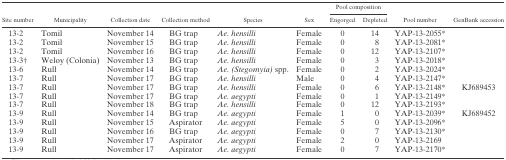
| <ROWSPAN=2> Site number | <ROWSPAN=2> Municipality | <ROWSPAN=2> Collection date | <ROWSPAN=2> Collection method | <ROWSPAN=2> Species | <ROWSPAN=2> Sex | <COLSPAN=2> Pool composition | <ROWSPAN=2> Pool number | <ROWSPAN=2> GenBank accession |
 | Engorged | Depleted |
 | --- | --- | --- | --- | --- | --- | --- | --- | --- | --- |
 | 13-2 | Tomil | November 14 | BG trap | Ae. hensilli | Female | 0 | 14 | YAP-13-2055* |  |
 | 13-2 | Tomil | November 15 | BG trap | Ae. hensilli | Female | 0 | 8 | YAP-13-2081* |  |
 | 13-2 | Tomil | November 16 | BG trap | Ae. hensilli | Female | 0 | 12 | YAP-13-2107* |  |
 | 13-3† | Weloy (Colonia) | November 13 | BG trap | Ae. hensilli | Female | 0 | 3 | YAP-13-2018* |  |
 | 13-6 | Rull | November 14 | BG trap | Ae. (Stegomyia) spp. | Female | 0 | 2 | YAP-13-2024* |  |
 | 13-7 | Rull | November 17 | BG trap | Ae. hensilli | Male | 0 | 4 | YAP-13-2147* |  |
 | 13-7 | Rull | November 17 | BG trap | Ae. hensilli | Female | 0 | 6 | YAP-13-2148* | KJ689453 |
 | 13-7 | Rull | November 17 | BG trap | Ae. aegypti | Female | 0 | 1 | YAP-13-2149* |  |
 | 13-7 | Rull | November 18 | BG trap | Ae. hensilli | Female | 0 | 12 | YAP-13-2193* |  |
 | 13-9 | Rull | November 14 | BG trap | Ae. aegypti | Female | 1 | 0 | YAP-13-2039* | KJ689452 |
 | 13-9 | Rull | November 15 | Aspirator | Ae. aegypti | Female | 5 | 0 | YAP-13-2096* |  |
 | 13-9 | Rull | November 16 | BG trap | Ae. aegypti | Female | 0 | 7 | YAP-13-2130* |  |
 | 13-9 | Rull | November 17 | Aspirator | Ae. aegypti | Female | 2 | 0 | YAP-13-2169 |  |
 | 13-9 | Rull | November 17 | Aspirator | Ae. aegypti | Female | 0 | 7 | YAP-13-2170* |  |